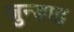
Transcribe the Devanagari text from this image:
जुन्डाह